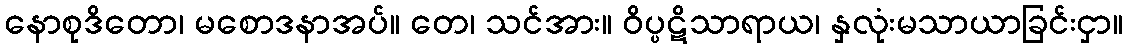
နောစုဒိတော၊ မစောဒနာအပ်။ တေ၊ သင်အား။ ဝိပ္ပဋိသာရာယ၊ နှလုံးမသာယာခြင်းငှာ။